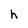
Character: h